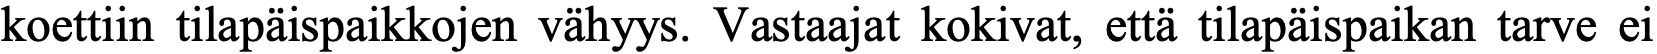
koettiin tilapäispaikkojen vähyys. Vastaajat kokivat, että tilapäispaikan tarve ei